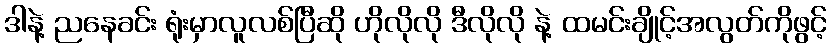
ဒါနဲ့ ညနေခင်း ရုံးမှာလူလစ်ပြီဆို ဟိုလိုလို ဒီလိုလို နဲ့ ထမင်းချိုင့်အလွတ်ကိုဖွင့်